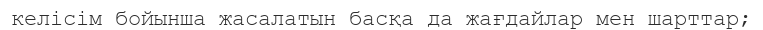
келісім бойынша жасалатын басқа да жағдайлар мен шарттар;